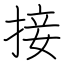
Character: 接